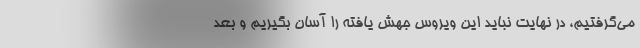
می‌گرفتیم، در نهایت نباید این ویروس جهش یافته را آسان بگیریم و بعد